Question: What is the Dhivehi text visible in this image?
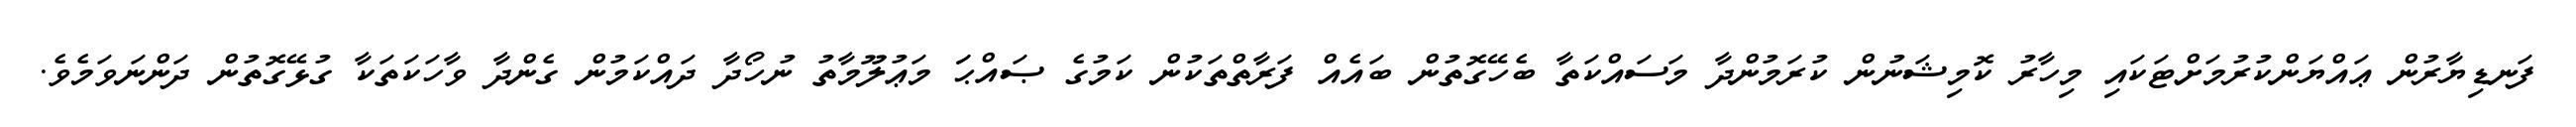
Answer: ފަނޑިޔާރުން ޢައްޔަންކުރުމަށްޓަކައި މިހާރު ކޮމިޝަނުން ކުރަމުންދާ މަސައްކަތާ ބެހޭގޮތުން ބައެއް ފަރާތްތަކުން ކަމުގެ ޞައްޙަަ މަޢުލޫމާތު ނުހޯދާ ދައްކަމުން ގެންދާ ވާހަކަތަކާ ގުޅޭގޮތުން ދަންނަވަމެވެ.